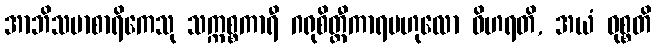
အာဘိသမာစာရိကေသု သက္ကစ္စကာရီ ဂရုစိတ္တီကာရဗဟုလော ဝိဟရတိ, အယံ ဝုစ္စတိ